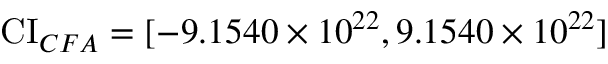
\operatorname { C I } _ { C F A } = [ - 9 . 1 5 4 0 \times 1 0 ^ { 2 2 } , 9 . 1 5 4 0 \times 1 0 ^ { 2 2 } ]